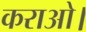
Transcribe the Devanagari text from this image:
कराओ।